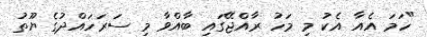
"ހަމަ އެއާ އެކު މި މަހު ރާއްޖޭގައި ބާއްވާ މި ސަރަހައްދުގެ ޔޫތު